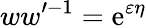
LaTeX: ww^{\prime-1}=\mathrm{e}^{\varepsilon\eta}